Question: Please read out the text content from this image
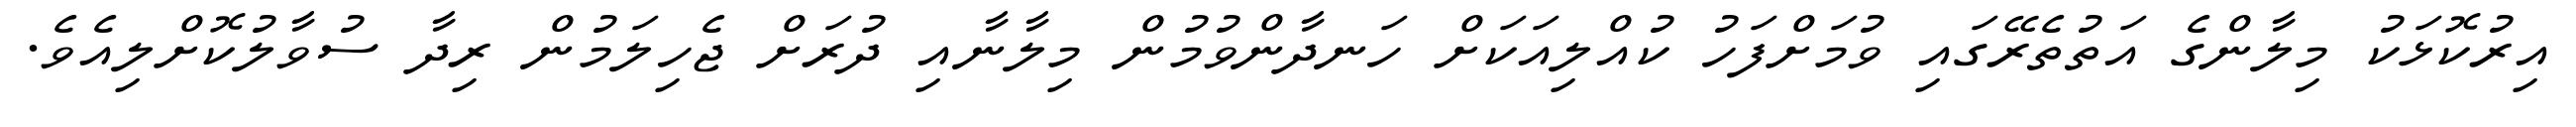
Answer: އިރުކޮޅަކު މިލާންގެ އަތުތެރޭގައި ވުމަށްފަހު ކުއްލިއަކަށް ހަނދާންވުމުން މިލާނާއި ދުރަށް ޖެހިލަމުން ރިދާ ސުވާލުކޮށްލިއެވެ.